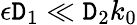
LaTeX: \epsilon\mathtt{D}_{1}\ll\mathtt{D}_{2}k_{0}